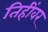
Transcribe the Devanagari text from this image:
तिहींवर